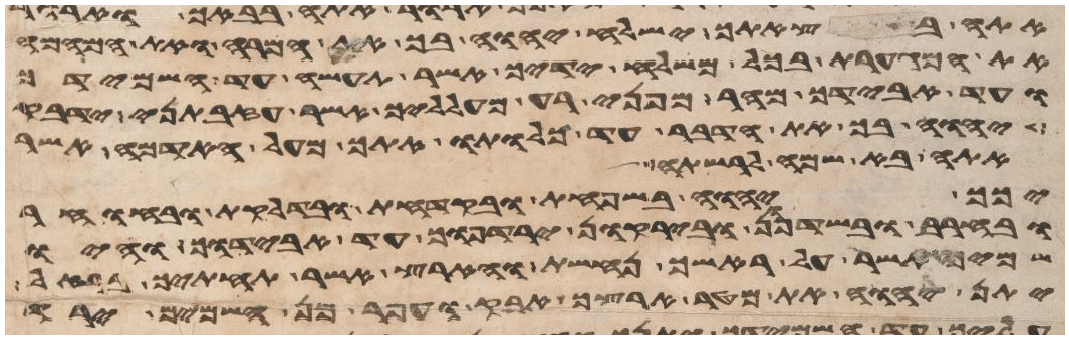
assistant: אתה בצאתך ישלח יהוה בך את המרה ואת המהמה
ואת המגערת בכל משלח ידיך אשר תעשה עד השמידך
ועד אבידך מהר מפני רע מעלליך אשר עזבתני ידבק
יהוה בך את הדבר עד כלותו אתך מעל האדמה אשר
אתה בא שמה לרשתה
יכך יהוה בשחפת ובקדחת ובדלקת ובחרחר
ובחרב ובשדפון ובירקון ירדפוך עד אבידוך והיו
שמיך אשר על ראשך נחשת והארץ אשר תחתיך ברזל
יתן יהוה את מטר ארצך אבק ועפר מן השמים ירד